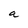
Character: a